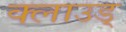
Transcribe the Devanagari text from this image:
क्लाउड्